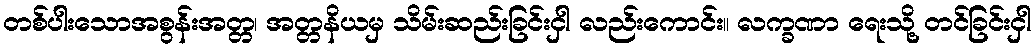
တစ်ပါးသောအစွန်းအတ္တ၊ အတ္တနိယမှ သိမ်းဆည်းခြင်းငှါ လည်းကောင်း။ လက္ခဏာ ရေးသို့ တင်ခြင်းငှါ